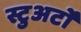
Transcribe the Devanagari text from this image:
स्टुअर्टों